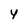
Character: y